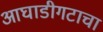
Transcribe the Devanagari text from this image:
आघाडीगटाचा